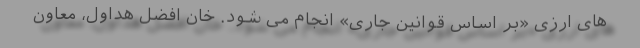
های ارزی «بر اساس قوانین جاری» انجام می شود. خان افضل هداول، معاون